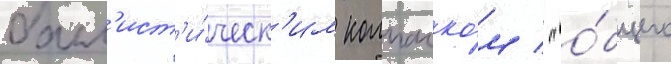
балл'ист'и́ческ'им колпачко́м / "о́бщего